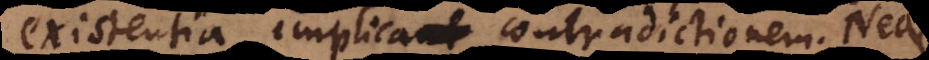
existentia implicat contradictionem. Neque